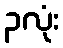
၃လုံး